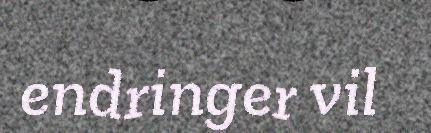
endringer vil